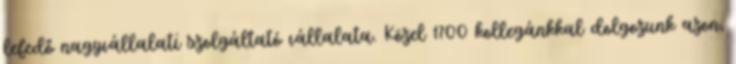
lefedő nagyvállalati szolgáltató vállalata. Közel 1700 kollegánkkal dolgozunk azon,